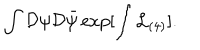
\int { \cal D } \psi { \cal D } \bar { \psi } \exp [ \int { \cal L } _ { ( 4 ) } ] .